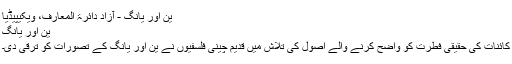
ین اور یانگ - آزاد دائرۃ المعارف، ویکیپیڈیا
ین اور یانگ
کائنات کی حقیقی فطرت کو واضح کرنے والے اصول کی تلاش میں قدیم چینی فلسفیوں نے یِن اور یانگ کے تصورات کو ترقی دی۔